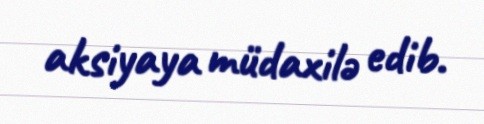
aksiyaya müdaxilə edib.